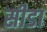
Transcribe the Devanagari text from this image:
सीडा